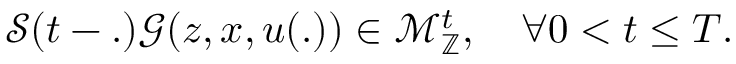
\mathcal { S } ( t - . ) \mathcal { G } ( z , x , u ( . ) ) \in \mathcal { M } _ { \mathbb { Z } } ^ { t } , \quad \forall 0 < t \leq T .